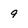
Character: 9